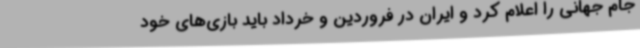
جام جهانی را اعلام کرد و ایران در فروردین و خرداد باید بازی‌های خود